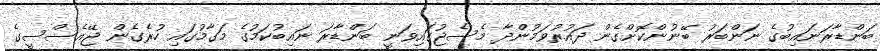
ބަންޑާރަނައިބުގެ ނަންބަރު ބޭނުންކޮށްގެން ދައުރުވަމުންދާ މެސެޖުގައިވަނީ ބަންޑާރަ ނައިބުކަމުގެ މަގާމުގައި ހުރެގެން ޖޭއެސްސީގެ